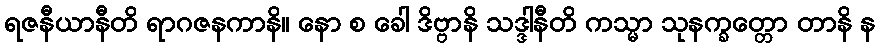
ရဇနီယာနီတိ ရာဂဇနကာနိ။ နော စ ခေါ ဒိဗ္ဗာနိ သဒ္ဒါနီတိ ကသ္မာ သုနက္ခတ္တော တာနိ န